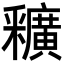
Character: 𨤡